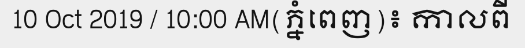
10 Oct 2019 / 10:00 AM(ភ្នំពេញ)៖ កាលពី